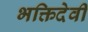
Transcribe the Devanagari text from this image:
भक्तिदेवी